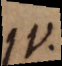
IV.